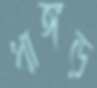
ধাঙ্গড়